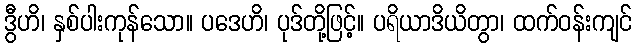
ဒွီဟိ၊ နှစ်ပါးကုန်သော။ ပဒေဟိ၊ ပုဒ်တို့ဖြင့်။ ပရိယာဒိယိတွာ၊ ထက်ဝန်းကျင်